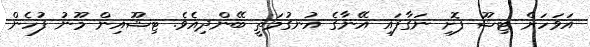
އަވަހަށް ޓިޝޫ ފޮށި ނަގާފައި އޭނާގެ އުނގުމަތީ ބޭންދިއެވެ. ޓިޝޫއިން މޫނު ފުހެން